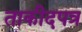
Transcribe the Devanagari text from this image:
ताकीदपत्र